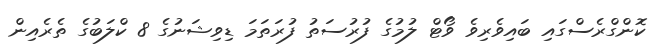
ކޮންގްރެސްގައި ބައިވެރިވެ ވޯޓް ލުމުގެ ފުރުސަތު ފުރަތަމަ ޑިވިޝަނުގެ 8 ކްލަބުގެ ތެރެއިން